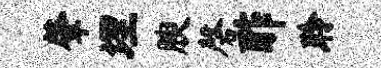
肇埋腴磬酢聆